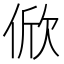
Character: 俽